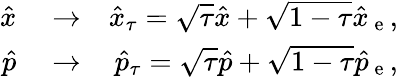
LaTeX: \begin{array}{rlr}{\hat{x}}&{{}\rightarrow}&{\hat{x}_{\tau}=\sqrt{\tau}\hat{x}+\sqrt{1-\tau}\hat{x}_{\mathrm{~e~}},}\\ {\hat{p}}&{{}\rightarrow}&{\hat{p}_{\tau}=\sqrt{\tau}\hat{p}+\sqrt{1-\tau}\hat{p}_{\mathrm{~e~}},}\end{array}